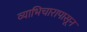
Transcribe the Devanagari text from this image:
व्याभिचारापासून